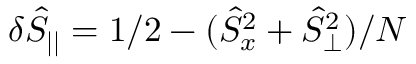
\delta \hat { S } _ { | | } = 1 / 2 - ( \hat { S } _ { x } ^ { 2 } + \hat { S } _ { \perp } ^ { 2 } ) / N